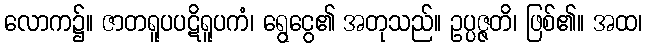
လောက၌။ ဇာတရူပပဋိရူပကံ၊ ရွေငွေ၏ အတုသည်။ ဥပ္ပဇ္ဇတိ၊ ဖြစ်၏။ အထ၊